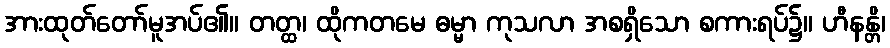
အားထုတ်တော်မူအပ်၏။ တတ္ထ၊ ထိုကတမေ ဓမ္မာ ကုသလာ အစရှိသော စကားရပ်၌။ ဟီနန္တိ၊